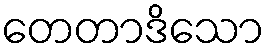
တေတာဒိသော